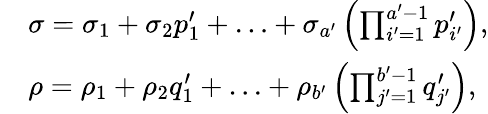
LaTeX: \begin{array}{rl}&{\sigma=\sigma_{1}+\sigma_{2}p_{1}^{\prime}+\ldots+\sigma_{a^{\prime}}\left(\prod_{i^{\prime}=1}^{a^{\prime}-1}p_{i^{\prime}}^{\prime}\right),}\\ &{\rho=\rho_{1}+\rho_{2}q_{1}^{\prime}+\ldots+\rho_{b^{\prime}}\left(\prod_{j^{\prime}=1}^{b^{\prime}-1}q_{j^{\prime}}^{\prime}\right),}\end{array}